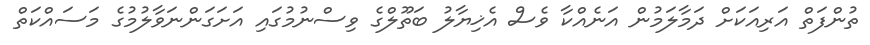
ތުންފަތް އަރިއަކަށް ދަމާލަމުން އަނެއްކާ ވެސް އެޚިޔާލު ބަތޫލްގެ ވިސްނުމުގައި އަށަގަންނަވާލުމުގެ މަސައްކަތް